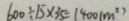
6 0 0 \div 1 5 \times 3 5 = 1 4 0 0 ( m ^ { 2 } )